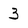
Character: 3